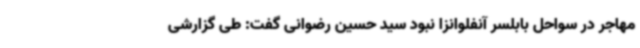
مهاجر در سواحل بابلسر آنفلوانزا نبود سید حسین رضوانی گفت: طی گزارشی